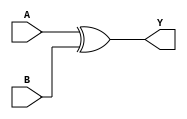
module xor_gate(A, B, Y);
input A, B;
output Y;

xor(Y, A, B);

endmodule